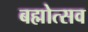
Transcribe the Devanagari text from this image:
बह्मोत्‍सव